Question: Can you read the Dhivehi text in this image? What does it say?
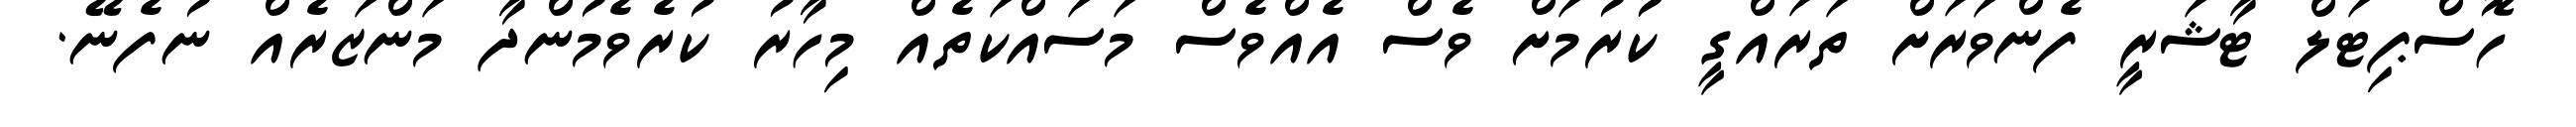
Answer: ހޮސްޕިޓަލް ޓާޝަރީ ފެންވަރަށް ތަރައްގީ ކުުރުމަށް ވެސް އެއްވެސް މަސައްކަތެއް މިހާރު ކުރެވެމުންދާ މަންޒަރެއް ނުފެނޭ.